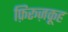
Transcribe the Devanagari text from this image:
फ़िरूज़कूह